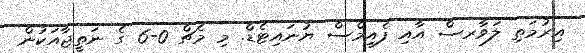
އިރުމަތި ލަވާރސް އާއި ފެއިމްސް ޔުނައިޓެޑް. މި މެޗް 0-6 ގެ ނަތީޖާއަކުން